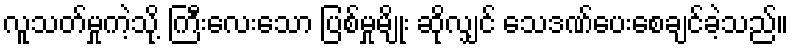
လူသတ်မှုကဲ့သို့ ကြီးလေးသော ပြစ်မှုမျိုး ဆိုလျှင် သေဒဏ်ပေးစေချင်ခဲ့သည်။